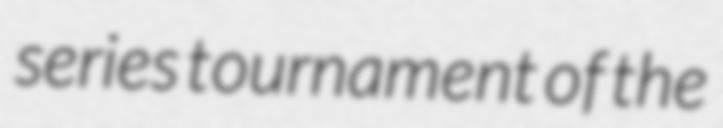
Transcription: series tournament of the